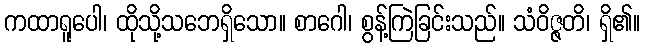
ကထာရူပေါ၊ ထိုသို့သဘေရှိသော။ စာဂေါ၊ စွန့်ကြဲခြင်းသည်။ သံဝိဇ္ဇတိ၊ ရှိ၏။